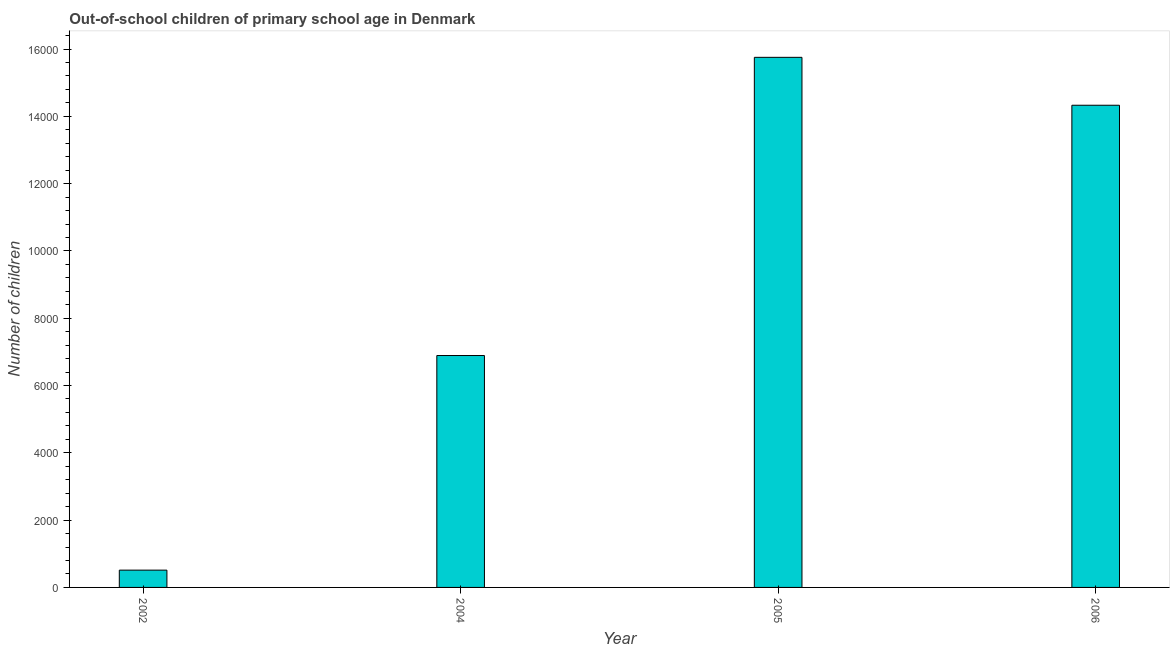
| Year | Out-of-school children of primary school age |
 | --- | --- |
 | 2002 | 514 |
 | 2004 | 6.89e+03 |
 | 2005 | 1.58e+04 |
 | 2006 | 1.43e+04 |